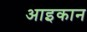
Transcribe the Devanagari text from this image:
आइकान